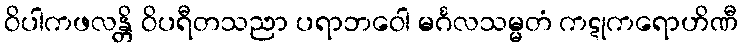
ဝိပါကဖလန္တိ ဝိပရီတသညာ ပရာဘဝေါ မင်္ဂလသမ္မတံ ကဋုကရောဟိဏီ